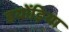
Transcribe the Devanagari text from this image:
डयोंड़िया